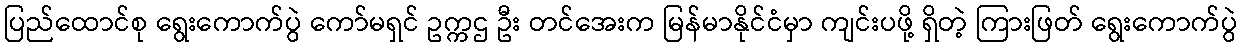
ပြည်ထောင်စု ရွေးကောက်ပွဲ ကော်မရှင် ဥက္ကဌ ဦး တင်အေးက မြန်မာနိုင်ငံမှာ ကျင်းပဖို့ ရှိတဲ့ ကြားဖြတ် ရွေးကောက်ပွဲ